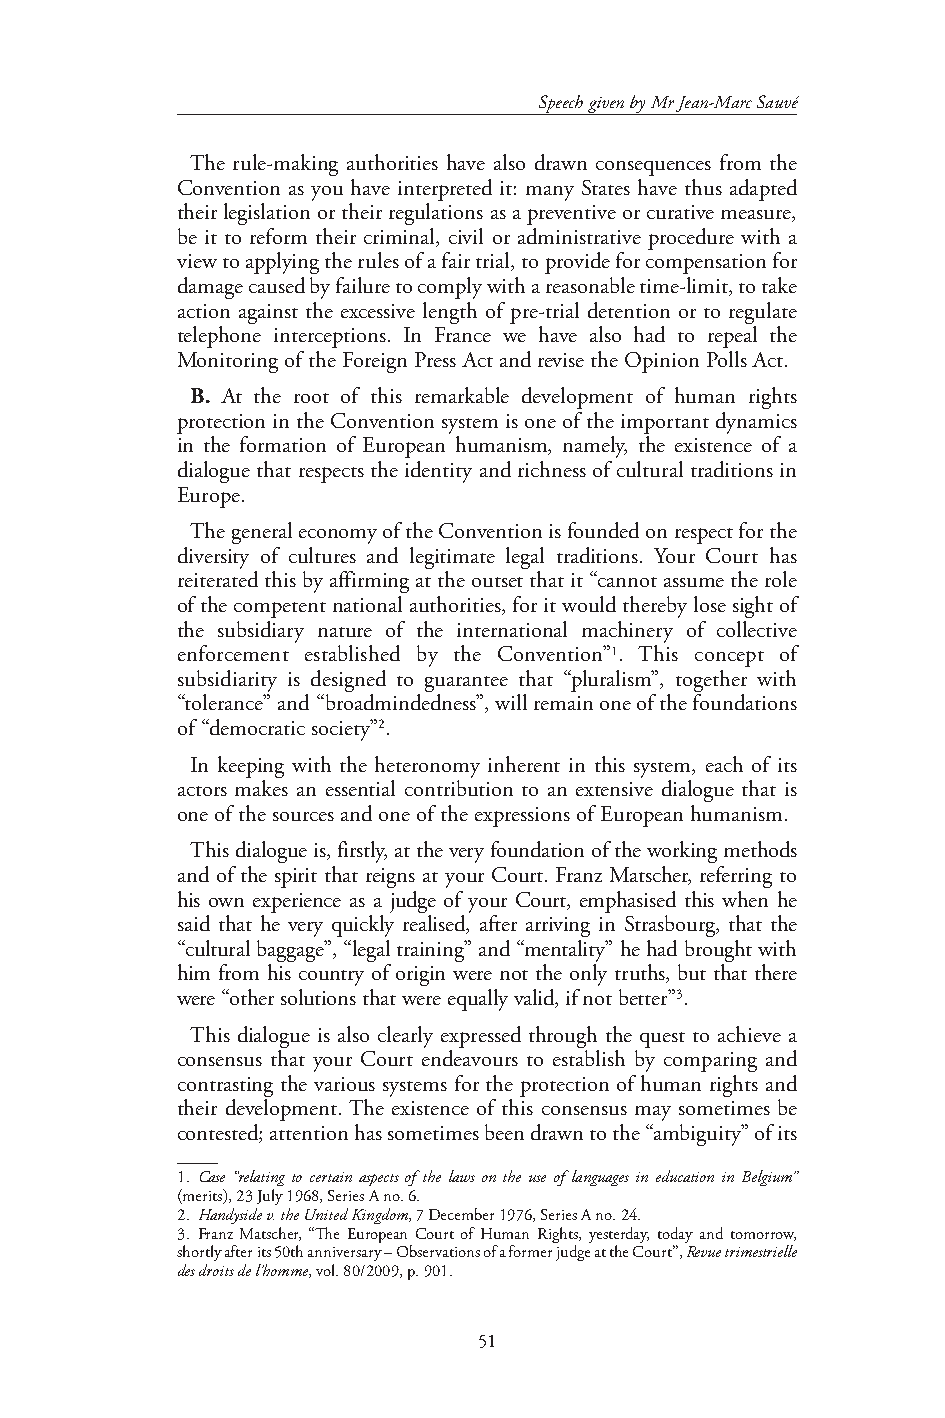
Speech given by Mr Jean-Marc Sauvé
 The rule-making authorities have also drawn consequences from the
 Convention as you have interpreted it: many States have thus adapted
 their legislation or their regulations as a preventive or curative measure,
 be it to reform their criminal, civil or administrative procedure with a
 view to applying the rules of a fair trial, to provide for compensation for
 damage caused by failure to comply with a reasonable time-limit, to take
 action against the excessive length of pre-trial detention or to regulate
 telephone interceptions. In France we have also had to repeal the
 Monitoring of the Foreign Press Act and revise the Opinion Polls Act.
 B. At the root of this remarkable development of human rights
 protection in the Convention system is one of the important dynamics
 in the formation of European humanism, namely, the existence of a
 dialogue that respects the identity and richness of cultural traditions in
 Europe.
 The general economy of the Convention is founded on respect for the
 diversity of cultures and legitimate legal traditions. Your Court has
 reiterated this by affirming at the outset that it “cannot assume the role
 of the competent national authorities, for it would thereby lose sight of
 the subsidiary nature of the international machinery of collective
 enforcement established by the Convention”1. This concept of
 subsidiarity is designed to guarantee that “pluralism”, together with
 “tolerance” and “broadmindedness”, will remain one of the foundations
 of “democratic society”2.
 In keeping with the heteronomy inherent in this system, each of its
 actors makes an essential contribution to an extensive dialogue that is
 one of the sources and one of the expressions of European humanism.
 This dialogue is, firstly, at the very foundation of the working methods
 and of the spirit that reigns at your Court. Franz Matscher, referring to
 his own experience as a judge of your Court, emphasised this when he
 said that he very quickly realised, after arriving in Strasbourg, that the
 “cultural baggage”, “legal training” and “mentality” he had brought with
 him from his country of origin were not the only truths, but that there
 were “other solutions that were equally valid, if not better”3.
 This dialogue is also clearly expressed through the quest to achieve a
 consensus that your Court endeavours to establish by comparing and
 contrasting the various systems for the protection of human rights and
 their development. The existence of this consensus may sometimes be
 contested; attention has sometimes been drawn to the “ambiguity” of its
 1. Case “relating to certain aspects of the laws on the use of languages in education in Belgium”
 (merits), 23 July 1968, Series A no. 6.
 2. Handyside v. the United Kingdom, 7 December 1976, Series A no. 24.
 3. Franz Matscher, “The European Court of Human Rights, yesterday, today and tomorrow,
 shortly after its 50th anniversary – Observations of a former judge at the Court”, Revue trimestrielle
 des droits de l’homme, vol. 80/2009, p. 901.
 51